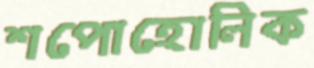
শপোহোলিক